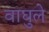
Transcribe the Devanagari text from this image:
वाघुले